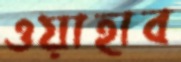
ওয়াহাব